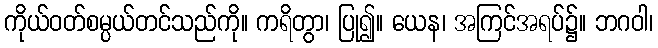
ကိုယ်ဝတ်စမ္ပယ်တင်သည်ကို။ ကရိတွာ၊ ပြု၍။ ယေန၊ အကြင်အရပ်၌။ ဘဂဝါ၊